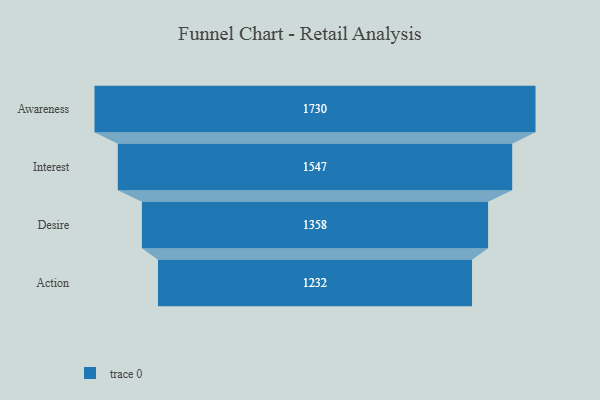
{"axis": {"x": "Stage", "y": "Value"}, "legend": [""], "data": [{"x": "Awareness", "y": 1730.0, "type": ""}, {"x": "Interest", "y": 1547.0, "type": ""}, {"x": "Desire", "y": 1358.0, "type": ""}, {"x": "Action", "y": 1232.0, "type": ""}]}